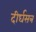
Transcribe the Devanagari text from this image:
दीर्घसत्र